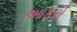
આફરો